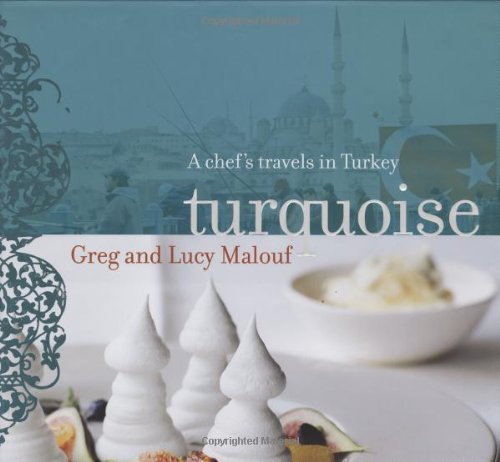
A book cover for Turquoise: A Chef's Travels in Turkey; Greg Malouf; Cookbooks, Food & Wine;